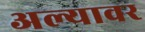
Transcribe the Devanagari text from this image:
अल्यावर